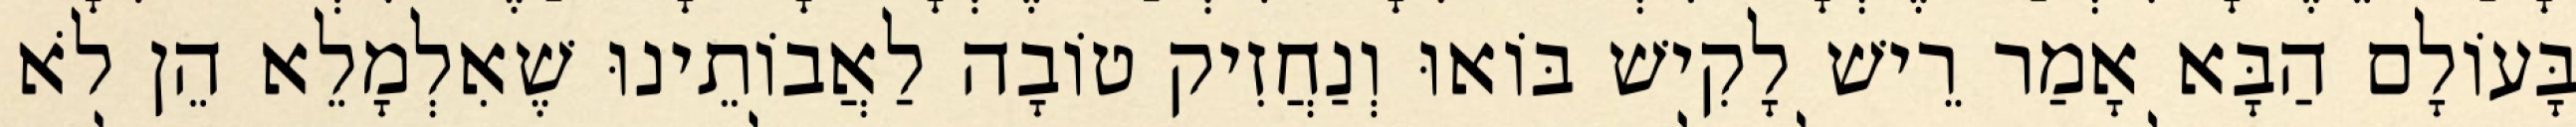
בָּעוֹלָם הַבָּא אָמַר רֵישׁ לָקִישׁ בּוֹאוּ וְנַחֲזִיק טוֹבָה לַאֲבוֹתֵינוּ שֶׁאִלְמָלֵא הֵן לֹא